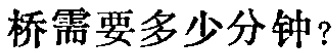
桥需要多少分钟？